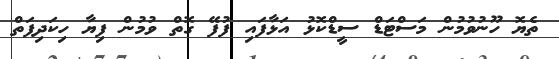
ތެޔޮ ހޫނުވުމުން މަސްޓަޑް ސީޑްކޮޅު އަޅާފައި ފުފޭ ގޮތް ވުމުން ފިޔާ ހިކަދިފަތް